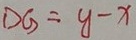
D G = y - x